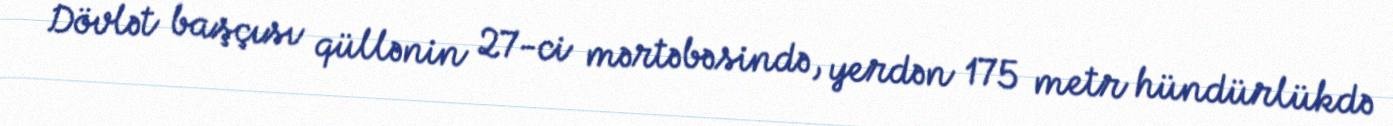
Dövlət başçısı qüllənin 27-ci mərtəbəsində, yerdən 175 metr hündürlükdə